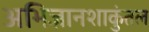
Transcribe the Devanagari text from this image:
अभिज्ञानशाकुंतल